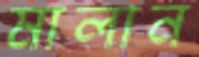
মালান